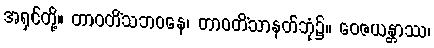
အရှင်တို့။ တာဝတိံသဘဝနေ၊ တာဝတိံသာနတ်ဘုံ၌။ ဝေဇယန္တာဿ၊